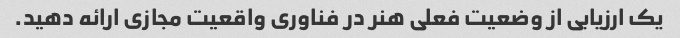
یک ارزیابی از وضعیت فعلی هنر در فناوری واقعیت مجازی ارائه دهید.